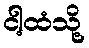
ငါ့ထံသို့